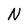
Character: N